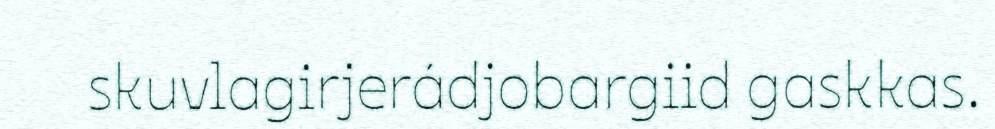
skuvlagirjerádjobargiid gaskkas.